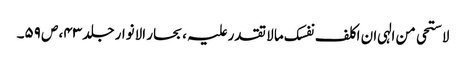
لاستحی من الہی ان اکلف نفسک ما لا تقدر علیہ ، بحار الانوار جلد ۴۳، ص ۵۹۔